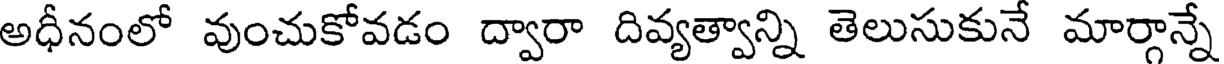
అధీనంలో వుంచుకోవడం ద్వారా దివ్యత్వాన్ని తెలుసుకునే మార్గాన్నే